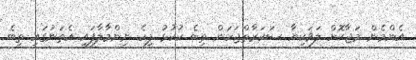
އެންމެން މަޖާކޮށް ލަވަކިޔާ ސަކަރާތްޖަހަން ތިބެ ކުކުޅު ފިހެ ނިންމާލާފައި އެތަނުގައި ތިބެ